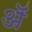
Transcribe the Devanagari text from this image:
अॅ